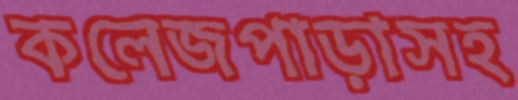
কলেজপাড়াসহ